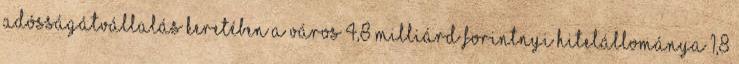
adósságátvállalás keretében a város 4,8 milliárd forintnyi hitelállománya 1,8